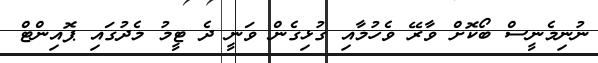
ނުނިމެނީސް ބޯކޮށް ވާރޭ ވެހުމާއި ގުޅިގެން ވަނީ ދެ ޓީމު މެދުގައި ޕޮއިންޓް